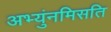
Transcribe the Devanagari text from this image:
अभ्युंनमिसति